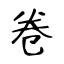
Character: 卷